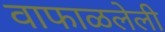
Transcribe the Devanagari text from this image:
वाफाळलेली